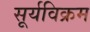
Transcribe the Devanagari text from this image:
सूर्यविक्रम